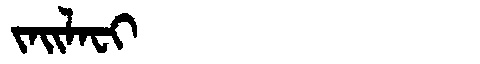
Manchu: ᠵᠠᡳᠯᠠᠸᡳ
Romanization: JAILAFI